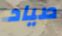
صياد